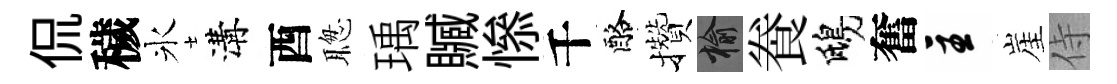
侃穢氷溝酉聦瑀贓𢡖千酪攢榆飬鴟奮主崖侍